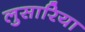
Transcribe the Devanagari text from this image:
लुसारिया